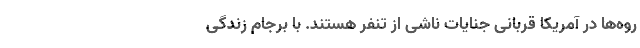
روه‌ها در آمریکا قربانی جنایات ناشی از تنفر هستند. با برجام زندگی